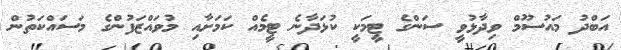
އަބްދު މައުސޫމް ވިދާޅުވީ ސަންގެ ޓީމަކީ ކުޅަދާނެ ޓީމެއް ކަމަށާއި މުވައްޒަފުންގެ މަސައްކަތުން